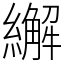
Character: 繲